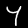
Label: 4